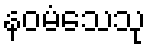
နဝမံသေသု